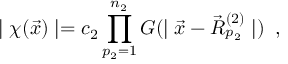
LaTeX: \mid \chi ( \vec { x } ) \mid = c _ { 2 } \prod _ { p _ { 2 } = 1 } ^ { n _ { 2 } } G ( \mid \vec { x } - \vec { R } _ { p _ { 2 } } ^ { ( 2 ) } \mid ) \; \; ,